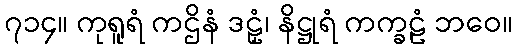
၇၁၄။ ကုရူရံ ကဌိနံ ဒဠှံ၊ နိဋ္ဌုရံ ကက္ခဠံ ဘဝေ။